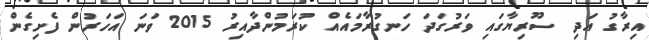
އިރާގު އަދި ސޫރިޔާގައި ވަރުގަދަ ހަނގުރާމައެއް ކުރަމުންދާއިރު 2015 ވަނަ އަހަރުން ފެށިގެން